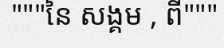
"""នៃ សង្គម , ពី"""